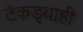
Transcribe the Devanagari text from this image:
टेकड्याही